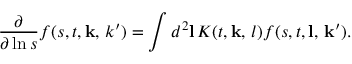
\frac { \partial } { \partial \ln s } f ( s , t , { \mathbf k , \, k ^ { \prime } } ) = \int d ^ { 2 } { \mathbf l } \, { \cal K } ( t , { \mathbf k , \, l } ) f ( s , t , \mathbf { l , \, k ^ { \prime } } ) .